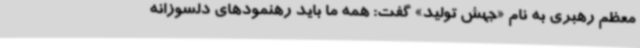
معظم رهبری به نام «جهش تولید» گفت: همه ما باید رهنمودهای دلسوزانه